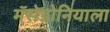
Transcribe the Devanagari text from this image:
मॅसेडोनियाला